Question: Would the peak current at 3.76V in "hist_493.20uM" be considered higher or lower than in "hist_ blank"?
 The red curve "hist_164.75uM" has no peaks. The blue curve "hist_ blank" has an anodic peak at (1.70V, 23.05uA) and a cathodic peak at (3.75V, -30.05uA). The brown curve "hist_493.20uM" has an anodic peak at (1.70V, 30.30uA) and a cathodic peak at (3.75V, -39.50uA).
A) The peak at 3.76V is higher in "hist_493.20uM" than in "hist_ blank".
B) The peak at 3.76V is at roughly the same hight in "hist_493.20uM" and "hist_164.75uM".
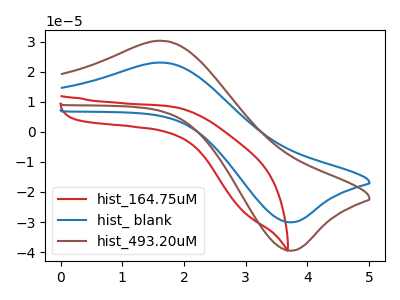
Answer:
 <answer>A) The peak at 3.76V is higher in "hist_493.20uM" than in "hist_ blank".</answer>
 <eval>A</eval>